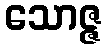
သောဇ္ဇ